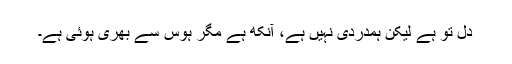
دل تو ہے لیکن ہمدردی نہیں ہے، آنکھ ہے مگر ہوس سے بھری ہوئی ہے۔